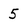
Character: 5